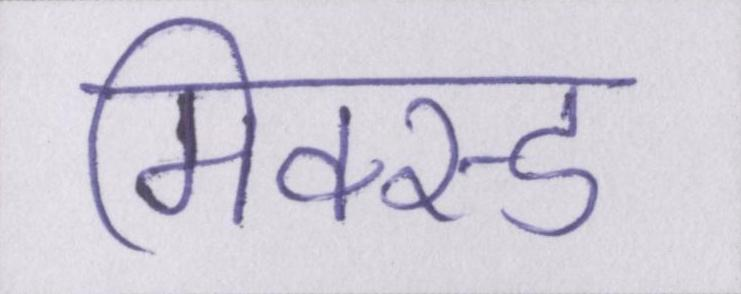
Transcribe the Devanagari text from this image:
मिक्स्ड